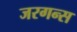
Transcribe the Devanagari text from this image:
जरगन्स